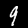
Label: 9